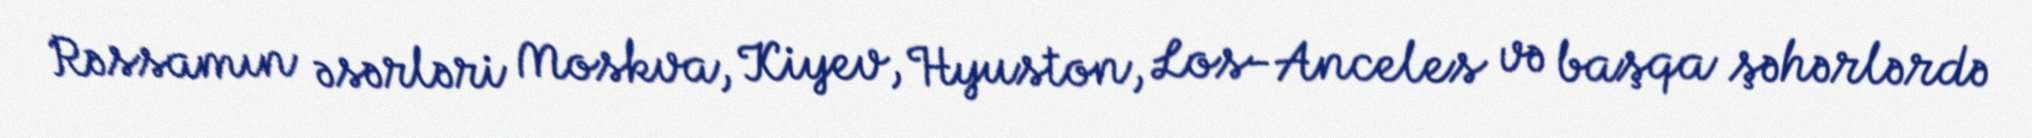
Rəssamın əsərləri Moskva, Kiyev, Hyuston, Los-Anceles və başqa şəhərlərdə